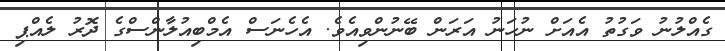
ގެއްލުނު ވަގުތު އެއަށް ނުހަނު އަރަން ބޭނުންވިއެވެ. އެހެނަސް އެމްބިއުލާންސްގެ ދޮރު ލެއްޕި